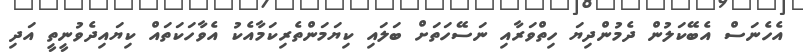
އެހެނަސް އެބޭކަލުން ދެމުންދިޔަ ހިތްވަރާއި ނަސޭހަތަށް ބަލައި ކިޔަމަންތެރިކަމާއެކު އެވާހަކަތައް ކިޔައިދެވުނީތީ އަދި